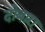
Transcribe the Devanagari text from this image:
दोबाऱा